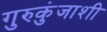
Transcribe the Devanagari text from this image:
गुरुकुंजाशी